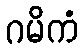
ဂမိကံ